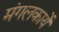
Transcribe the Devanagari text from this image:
मंगलकार्ये